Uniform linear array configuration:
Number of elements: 64
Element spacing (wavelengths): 0.5
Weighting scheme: blackman
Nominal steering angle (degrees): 0
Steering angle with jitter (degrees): -1.963
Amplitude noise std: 0.05
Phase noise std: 0.05

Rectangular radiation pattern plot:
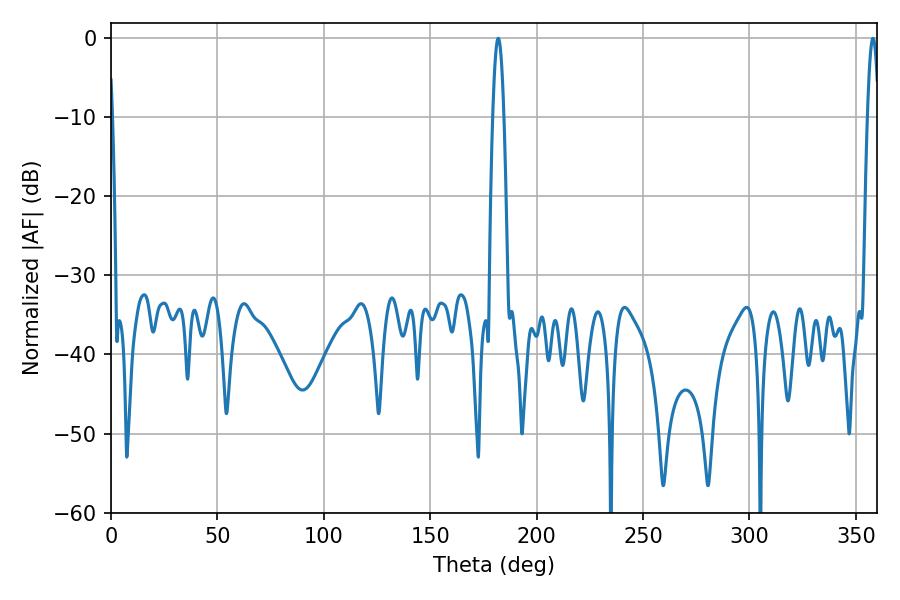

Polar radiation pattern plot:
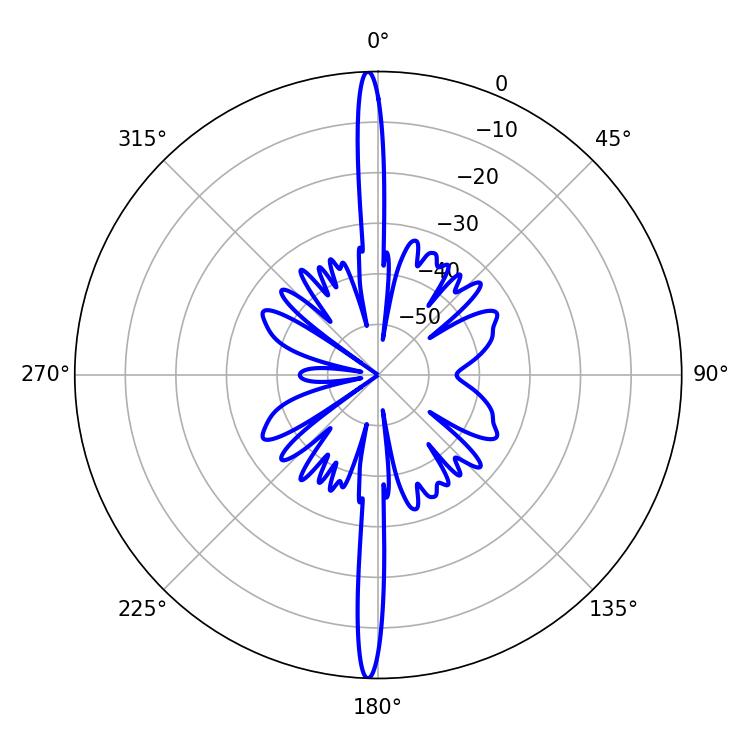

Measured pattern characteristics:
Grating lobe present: FALSE
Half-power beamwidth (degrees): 2.88
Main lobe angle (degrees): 181.98